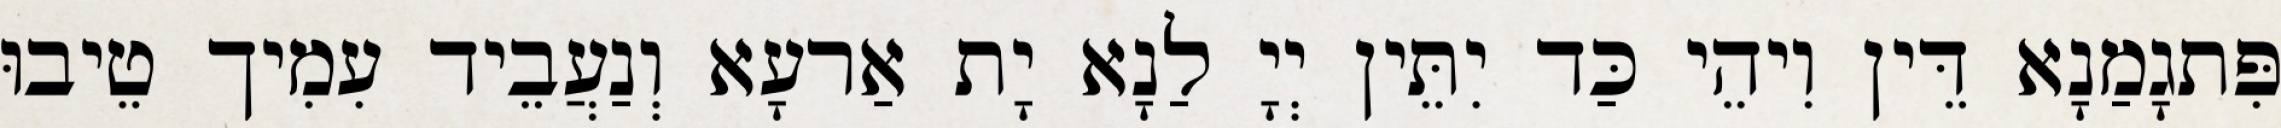
פִּתגָמַנָא דֵּין וִיהֵי כַּד יִתֵּין יְיָ לַנָא יָת אַרעָא וְנַעֲבֵיד עִמִיך טֵיבוּ